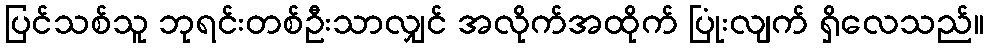
ပြင်သစ်သူ ဘုရင်းတစ်ဦးသာလျှင် အလိုက်အထိုက် ပြုံးလျက် ရှိလေသည်။